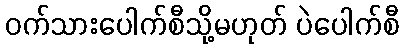
ဝက်သားပေါက်စီသို့မဟုတ် ပဲပေါက်စီ